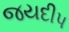
જયદીપ